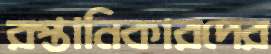
রপ্তানিকারদের